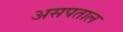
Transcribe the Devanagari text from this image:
असपताल